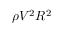
\rho V ^ { 2 } R ^ { 2 }